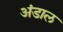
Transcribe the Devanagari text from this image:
अंडाल